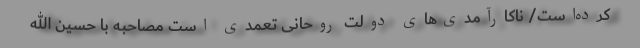
کرده‌است/ ناکارآمدی‌های دولت روحانی تعمدی است مصاحبه با حسین الله